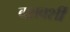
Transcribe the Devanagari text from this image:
वशवर्शी